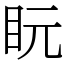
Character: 盶